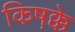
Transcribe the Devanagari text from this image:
किष़क्के